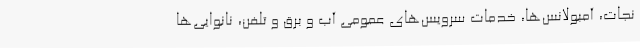
نجات، آمبولانس‌ها، خدمات سرویس‌های عمومی آب و برق و تلفن، نانوایی‌ها